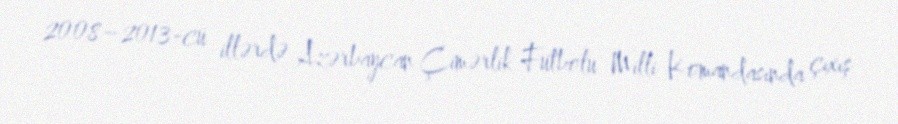
2008–2013-cü illərdə Azərbaycan Çimərlik Futbolu Milli Komandasında çıxış